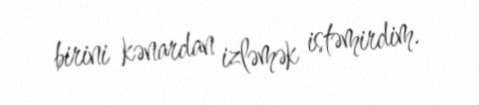
birini kənardan izləmək istəmirdim.